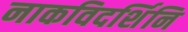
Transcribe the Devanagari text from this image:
नाकविदर्शिनि